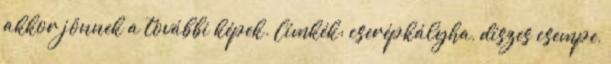
akkor jönnek a további képek. Címkék: cserépkályha, díszes csempe,